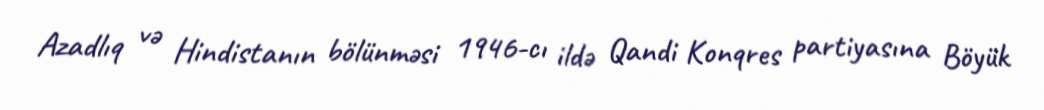
Azadlıq və Hindistanın bölünməsi 1946-cı ildə Qandi Konqres partiyasına Böyük